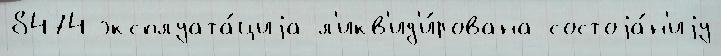
8474 эксплуата́циjа л'икв'ид'и́рована состоjа́н'иjу